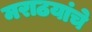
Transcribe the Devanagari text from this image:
मराठयांचे